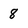
Character: 8